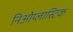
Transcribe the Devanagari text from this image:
निओप्लास्टिक